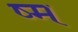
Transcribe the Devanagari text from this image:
ष्म